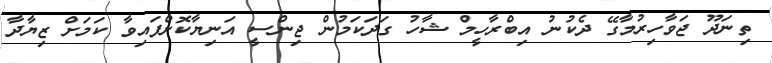
ތިނަދޫ ޖަވާހިރުމާގޭ ދެކުނު އިބްރާހީމް ޝާހު ގަދަކަމުން ޖިންސީ އަނިޔާކޮށްފައިވާ ކަމަށް ޒިޔާދާ